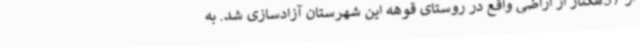
از 37هکتار از اراضی واقع در روستای قوهه این شهرستان آزادسازی شد. به